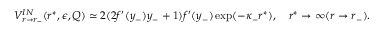
V _ { r \to r _ { - } } ^ { I N } ( r ^ { * } , \epsilon , Q ) \simeq 2 ( 2 f ^ { \prime } ( y _ { - } ) y _ { - } + 1 ) f ^ { \prime } ( y _ { - } ) \exp ( - \kappa _ { - } r ^ { * } ) , ~ ~ ~ r ^ { * } \to \infty ( r \to r _ { - } ) .